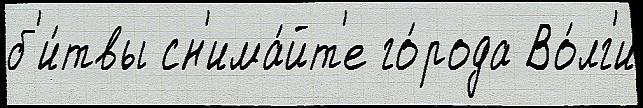
б'и́твы сн'има́йт'е го́рода Во́лг'и